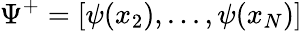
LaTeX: \Psi^{+}=[\psi(x_{2}),...,\psi(x_{N})]